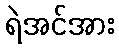
ရဲအင်အား